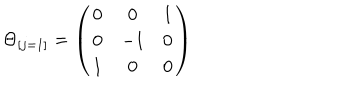
\Theta _ { [ j = 1 ] } = \left( \begin{matrix} { { 0 } } & { { 0 } } & { { 1 } } \\ { { 0 } } & { { - 1 } } & { { 0 } } \\ { { 1 } } & { { 0 } } & { { 0 } } \\ \end{matrix} \right)